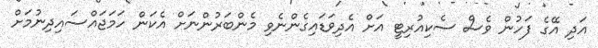
އަދި އޭގެ ފަހުން ވެސް ސެކިއުރިޓީ އަށް އެދިވަޑައިގެންނެވި މެންބަރުންނަށް އެކަން ހަމަޖައްސައިދިނުމަށް